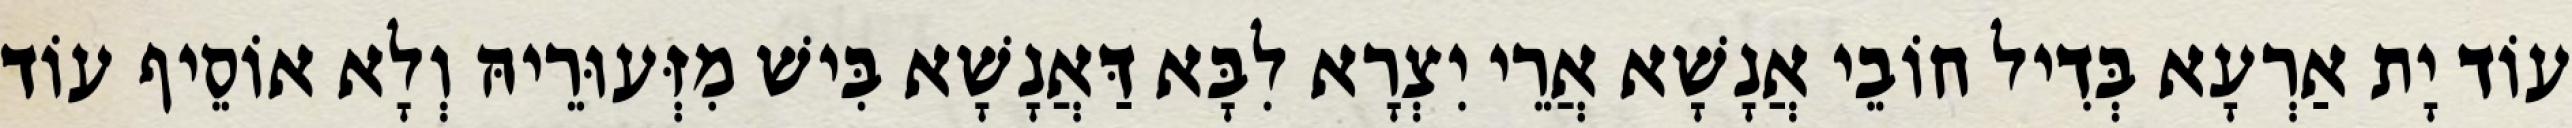
עוֹד יָת אַרְעָא בְּדִיל חוֹבֵי אֲנָשָׁא אֲרֵי יִצְרָא לִבָּא דַּאֲנָשָׁא בִּישׁ מִזְּעוּרֵיהּ וְלָא אוֹסֵיף עוֹד